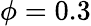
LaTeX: \phi=0.3